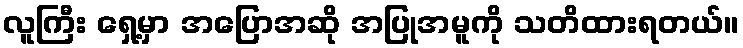
လူကြီး ရှေ့မှာ အပြောအဆို အပြုအမူကို သတိထားရတယ်။